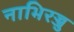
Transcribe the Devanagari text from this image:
नाभिरज्जु